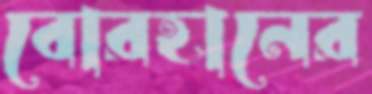
বোরহানের